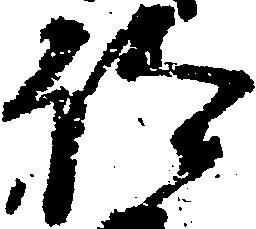
仰